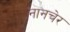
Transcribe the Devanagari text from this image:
नानचेर